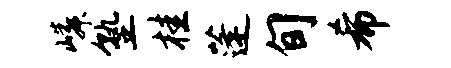
嶙塾桂蓬旬希